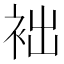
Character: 袦